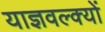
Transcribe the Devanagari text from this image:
याज्ञवल्क्यों